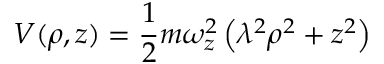
V ( \rho , z ) = \frac { 1 } { 2 } m \omega _ { z } ^ { 2 } \left( \lambda ^ { 2 } \rho ^ { 2 } + z ^ { 2 } \right)